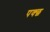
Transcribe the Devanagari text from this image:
पक्छ